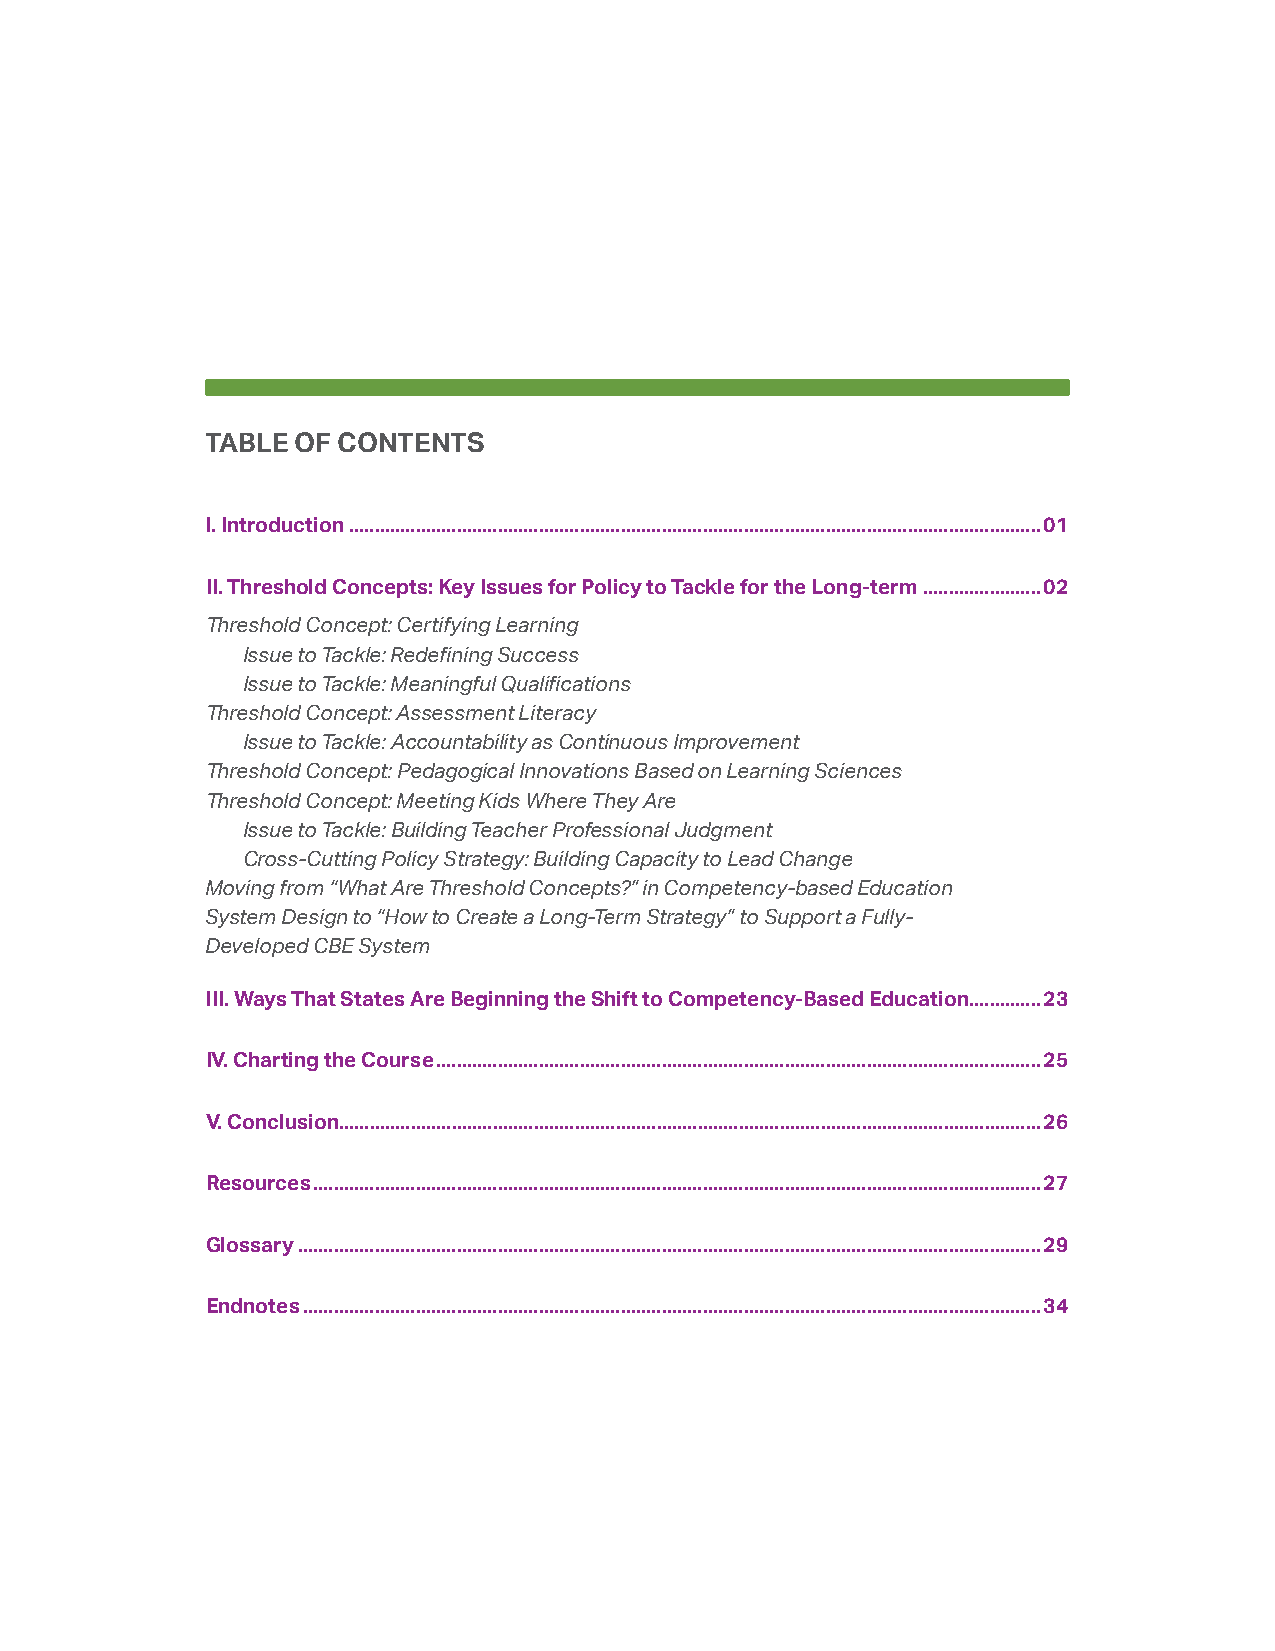
TABLE OF CONTENTS
 I. Introduction .......................................................................................................................................01
 II. Threshold Concepts: Key Issues for Policy to Tackle for the Long-term .......................02
 Threshold Concept: Certifying Learning
 Issue to Tackle: Redefining Success
 Issue to Tackle: Meaningful Qualifications
 Threshold Concept: Assessment Literacy
 Issue to Tackle: Accountability as Continuous Improvement
 Threshold Concept: Pedagogical Innovations Based on Learning Sciences
 Threshold Concept: Meeting Kids Where They Are
 Issue to Tackle: Building Teacher Professional Judgment
 Cross-Cutting Policy Strategy: Building Capacity to Lead Change
 Moving from “What Are Threshold Concepts?” in Competency-based Education
 System Design to “How to Create a Long-Term Strategy” to Support a Fully-
 Developed CBE System
 III. Ways That States Are Beginning the Shift to Competency-Based Education ..............23
 IV. Charting the Course ......................................................................................................................25
 V. Conclusion.........................................................................................................................................26
 Resources ..............................................................................................................................................27
 Glossary .................................................................................................................................................29
 Endnotes ................................................................................................................................................34